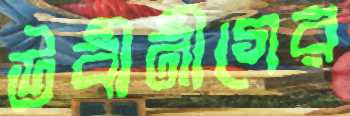
উবীনীগের